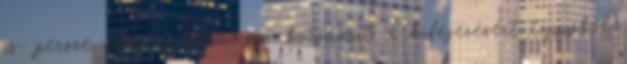
is. persze van a birkab.szó bocsánat a kifejezésért tipusból